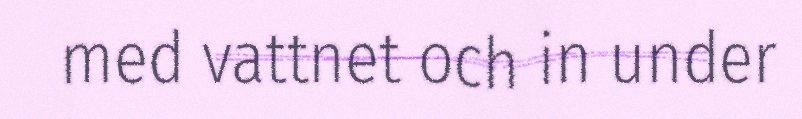
med vattnet och in under